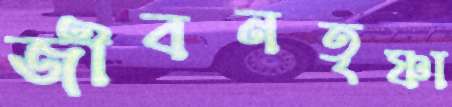
জীবনতৃষ্ণা